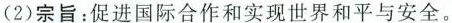
(2)宗旨：促进国际合作和实现世界和平与安全。